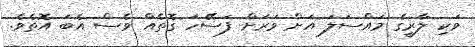
ވަކި ލާރީގެ މައްސަލަ އަށް ވަރަށް ފަސޭހަ ގޮތެއް ވެސް އެބަ އޮތެވެ.